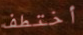
أختطف